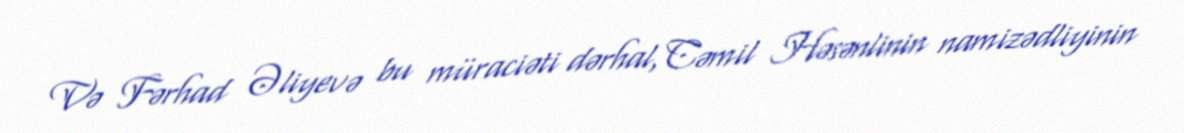
Və Fərhad Əliyevə bu müraciəti dərhal, Cəmil Həsənlinin namizədliyinin